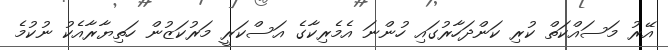
އޭރު މަސައްކަތް ކުރި ކަންދަހާރުގައި ހުންނަ އެމެރިކާގެ އަސްކަރީ މަރުކަޒުން ހަތިޔާރާއެކު ނުކުމެ